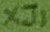
Text: XJ1